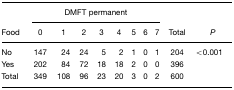
| <ROWSPAN=2>  | <COLSPAN=8> DMFT permanent |  |  |
 | Food | 0 | 1 | 2 | 3 | 4 | 5 | 6 | 7 | Total | P |
 | --- | --- | --- | --- | --- | --- | --- | --- | --- | --- | --- |
 | No | 147 | 24 | 24 | 5 | 2 | 1 | 0 | 1 | 204 | <0.001 |
 | Yes | 202 | 84 | 72 | 18 | 18 | 2 | 0 | 0 | 396 |  |
 | Total | 349 | 108 | 96 | 23 | 20 | 3 | 0 | 2 | 600 |  |